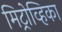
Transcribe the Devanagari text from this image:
मिट्रोव्हिका